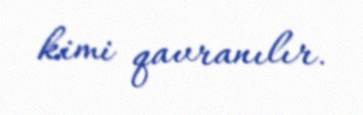
kimi qavranılır.